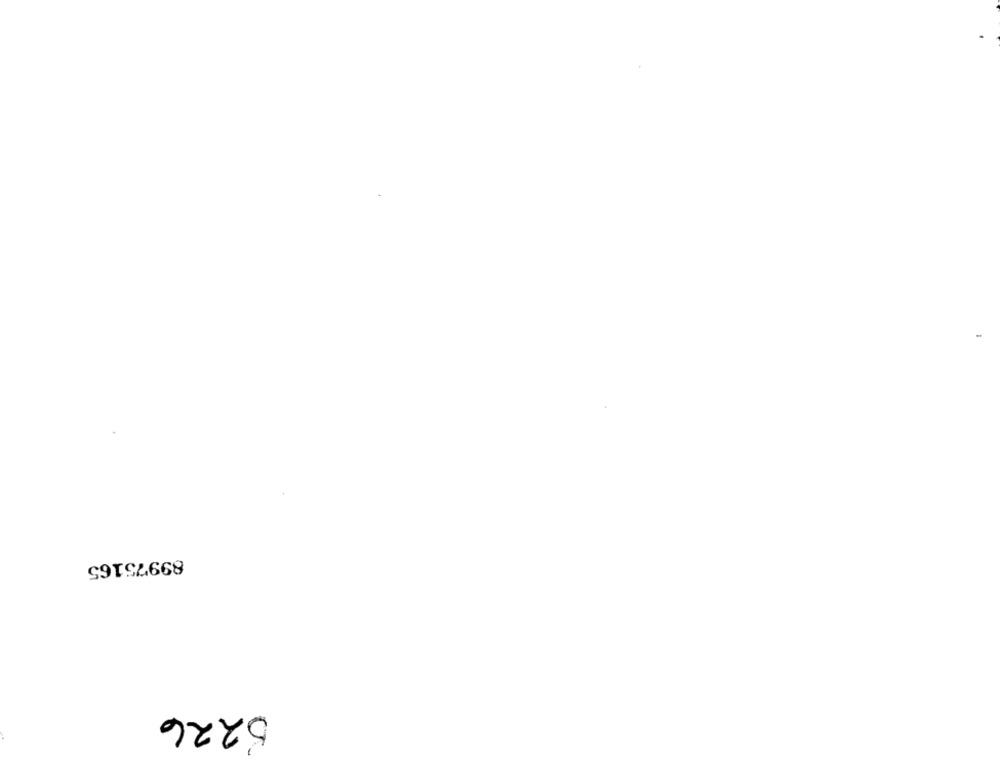
89975165
5226